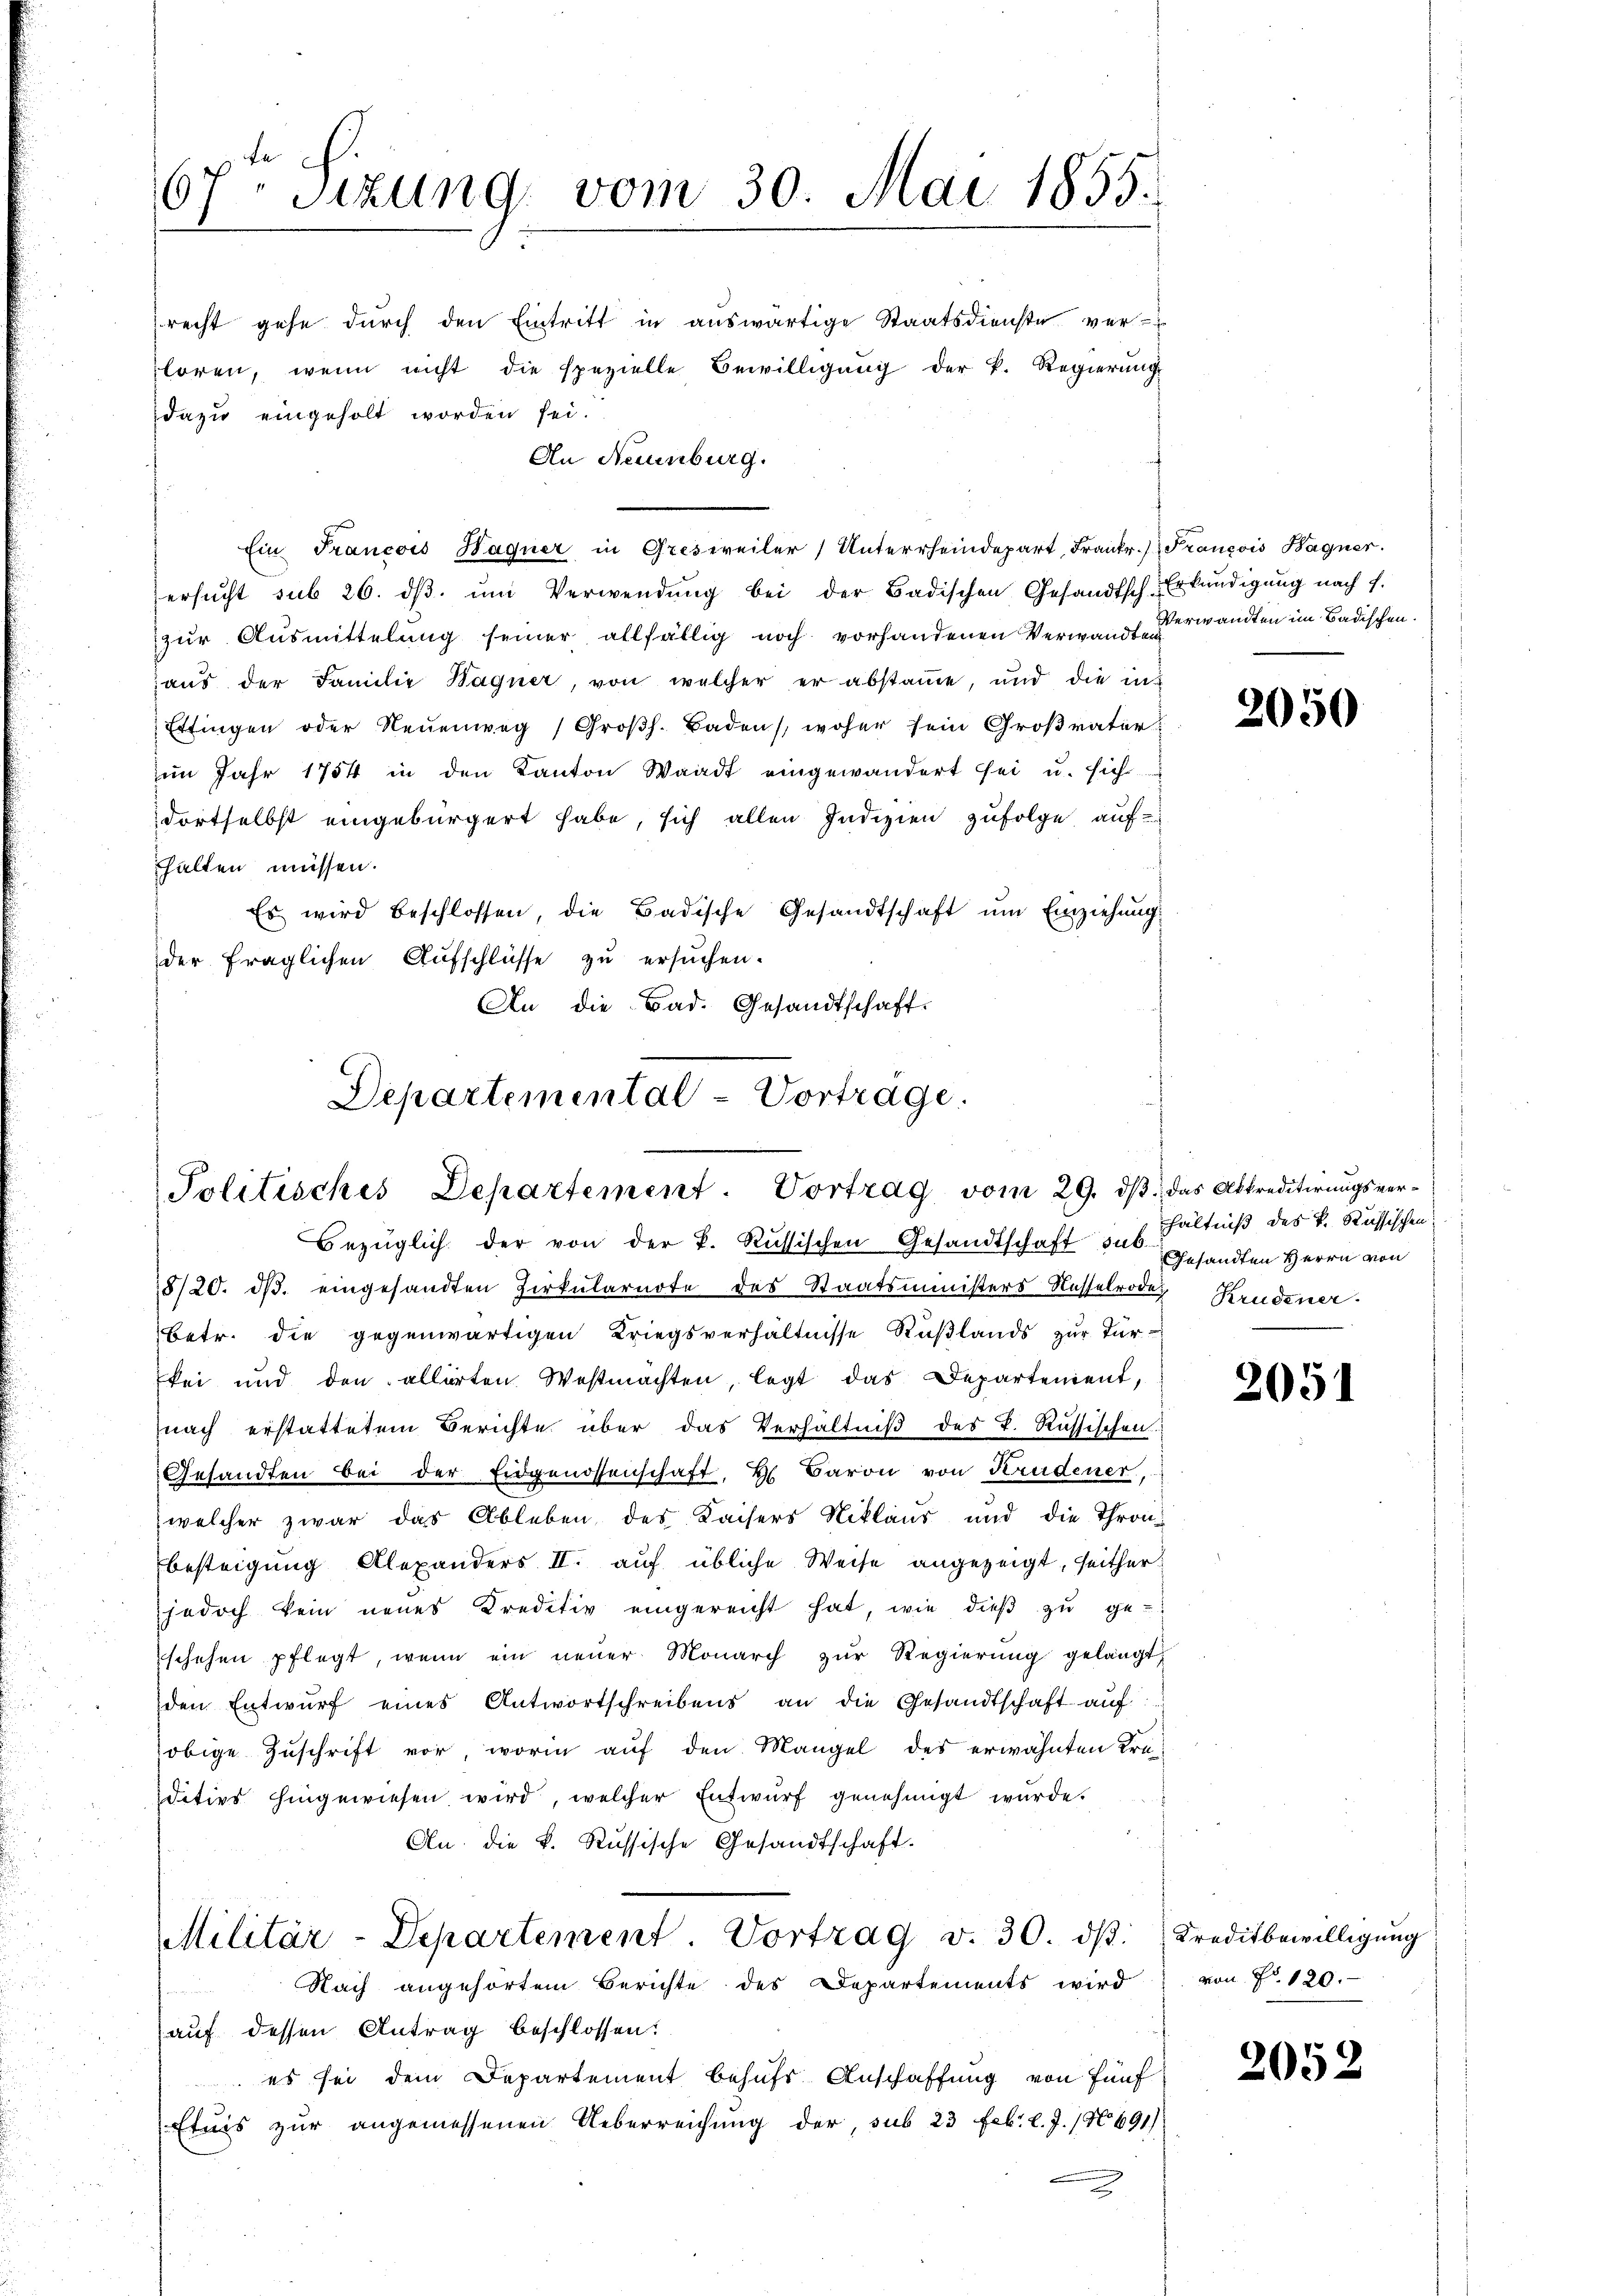
67ten Sizung vom 30. Mai 1855.

recht gehe durch den Eintritt in auswärtige Staatsdienste ver-
loren, wenn nicht die spezielle Bewilligung der k. Regierung
dazu eingeholt worden sei.
An Neuenburg.
ersucht sub 26. ds. um Verwendung bei der Badischen Gesandtsch-Erkundigung nach f.
zur Ausmittelung seiner allfällig noch vorhandenen Verwanderwandten im Badischen.
aus der Familie Wagner, von welcher er abstamme, und die in¬
Ettingen oder Neuenweg (Großh. Baden, woher sein Großvater
im Jahr 1754 in den Kanton Waadt eingewandert sei u. sich
dortselbst eingebürgert habe, sich allen Indizien zufolge auf
halten müssen.
Es wird beschlossen, die Badische Gesandtschaft ŭm Einziehŭng
der fraglichen Aufschlüsse zu ersuchen.
An die Bad. Gesandtschaft.

Ein Francois Haquer in Gresweiler Unterrheindepart Frankr.) Francois Bagner.

Departemental-Vorträge.
Politisches Departement. Vortrag vom 29. dβ das Abtreditirŭngsver-
Bezüglich der von der k. Russischen Gesandtschaft aus gesandten Herrn von

8/20. ds. eingesandten Zirkularnote des Staatsministers Kasselrodes Krudener
betr. die gegenwärtigen Kriegsverhältnisse Rüβlands zŭr Tür-
kei und den allerten Westmachten, legt das Departement,
nach erstattetem Berichte über das Verhältniß des K. Russischen.
Gesandten bei der Eidgenossenschaft, H. Baron von Krudener,
welcher zwar das Ableben des Kaisers Niklaus und die Thronbesteigung Alexanders II. auf übliche Weise angezeigt, seither
jedoch kein neues Kreditiv eingereicht hat, wie dieß zu ge-
schehen pflegt, wenn ein neuer Monarch zŭr Regierŭng gelangt,
den Entwurf eines Antwortschreibens an die Gesandtschaft auf
obige Zuschrift vor, worin auf den Mangel des erwähnten Krüdoties hingewiesen wird, welcher Entwurf genehmigt wurde.
An die k. Russische Gesandtschaft.
Militär-Departement. Vortrag v. 30. dβ. Kreditbewilligŭng
Nach angehörten Berichte des Departements wird von Fr. 120.
(auf dessen Antrag beschlossen:
 es sei dem Departement behufs Anschaffung von fünf
Etnis zur angemessenen Ueberreichung der, sub 23 Feb. l. J. 1691)
2

2050

hältniß des k. Russischen

2051

2052